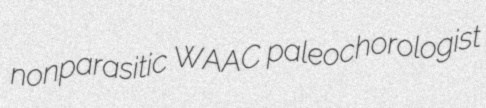
nonparasitic WAAC paleochorologist